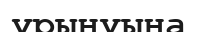
ұрынуына